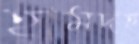
হামদহ